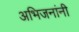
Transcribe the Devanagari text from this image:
अभिजनांनी